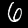
Digit: 6